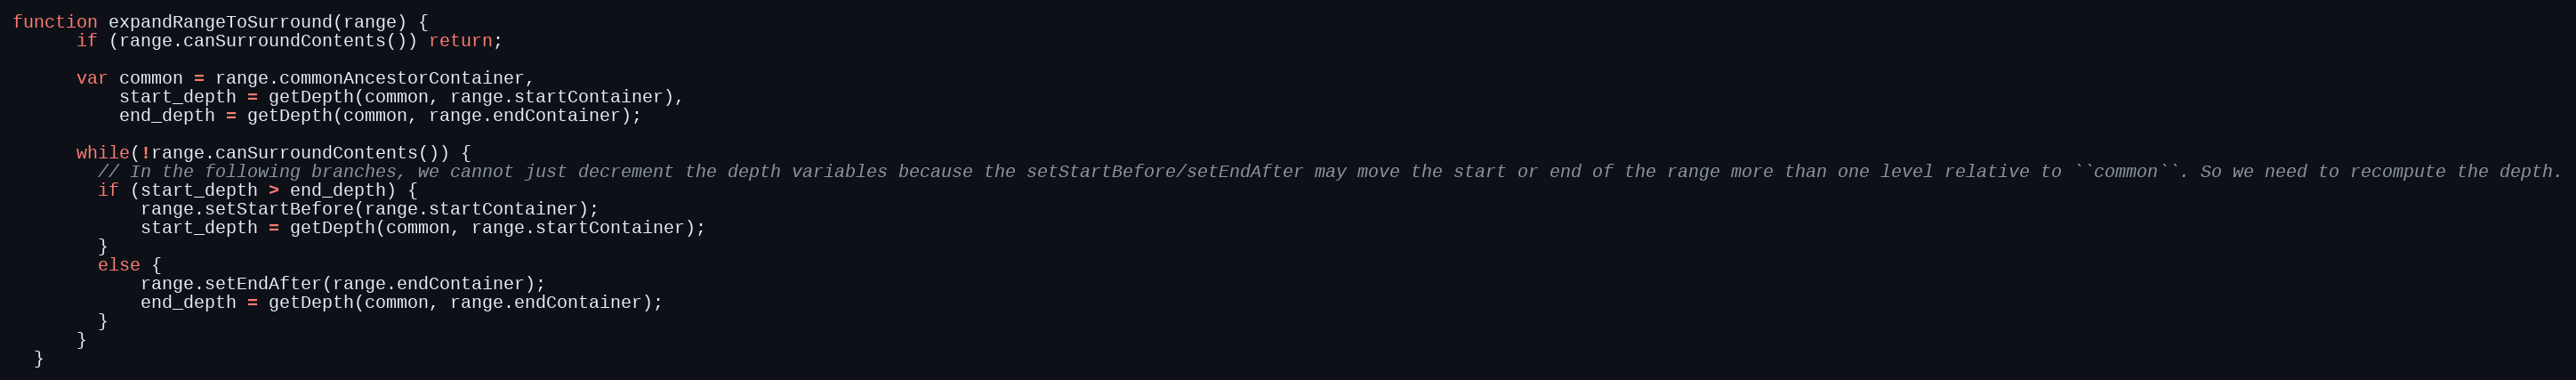
Language: JavaScript
function expandRangeToSurround(range) {
      if (range.canSurroundContents()) return;

      var common = range.commonAncestorContainer,
          start_depth = getDepth(common, range.startContainer),
          end_depth = getDepth(common, range.endContainer);

      while(!range.canSurroundContents()) {
        // In the following branches, we cannot just decrement the depth variables because the setStartBefore/setEndAfter may move the start or end of the range more than one level relative to ``common``. So we need to recompute the depth.
        if (start_depth > end_depth) {
            range.setStartBefore(range.startContainer);
            start_depth = getDepth(common, range.startContainer);
        }
        else {
            range.setEndAfter(range.endContainer);
            end_depth = getDepth(common, range.endContainer);
        }
      }
  }